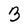
Character: 3